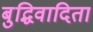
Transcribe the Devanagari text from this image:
बुद्धिवादिता